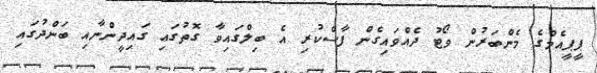
ޕީޕީއެމްގެ މެންބަރުން ވޯޓު ދެއްވައިގެން ފާސްކުރި އެ ބިލްގައިވާ ގޮތުގައި ގައިދީންނާއި ބަންދުގައި